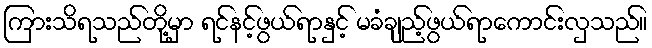
ကြားသိရသည်တို့မှာ ရင်နင့်ဖွယ်ရာနှင့် မခံချည့်ဖွယ်ရာကောင်းလှသည်။